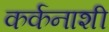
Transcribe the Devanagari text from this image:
कर्कनाशी